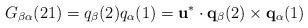
LaTeX: \begin{align*}G_{\beta \alpha}(21) = q_{\beta}(2) q_{\alpha}(1) = {\bf u}^{*} \cdot{\bf q}_{\beta}(2) \times {\bf q}_{\alpha}(1)\end{align*}